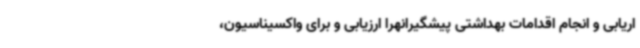
اریابی و انجام اقدامات بهداشتی پیشگیرانهرا ارزیابی و برای واکسیناسیون،